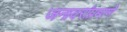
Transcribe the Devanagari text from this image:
जनावरांप्रमाणे